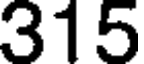
315